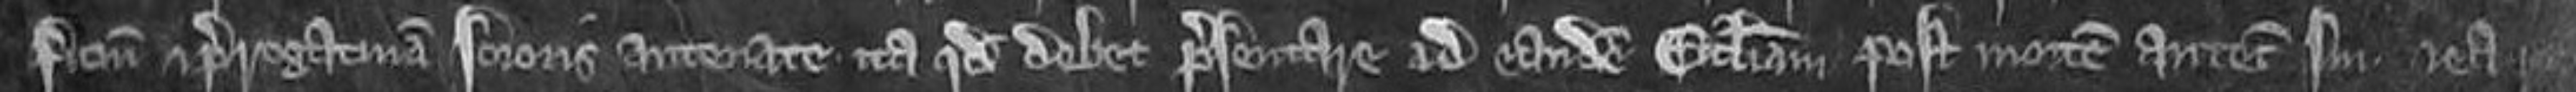
ficium et prerogativam sororis antenate. ita quod debet presentare ad eandem ecclesiam post mortem antecessoris sui et ea racio